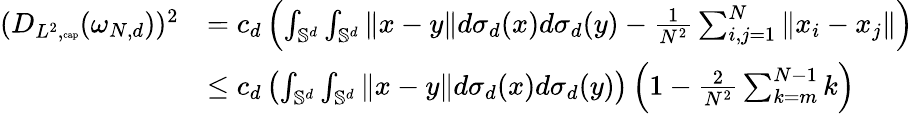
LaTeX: \begin{array}{rl}{(D_{L^{2},{\tiny\mathrm{cap}}}(\omega_{N,d}))^{2}}&{=c_{d}\left(\int_{\mathbb{S}^{d}}\int_{\mathbb{S}^{d}}\| x-y\| d\sigma_{d}(x)d\sigma_{d}(y)-\frac{1}{N^{2}}\sum_{i,j=1}^{N}\| x_{i}-x_{j}\| \right)}\\ &{\leq c_{d}\left(\int_{\mathbb{S}^{d}}\int_{\mathbb{S}^{d}}\| x-y\| d\sigma_{d}(x)d\sigma_{d}(y)\right)\left(1-\frac{2}{N^{2}}\sum_{k=m}^{N-1}k\right)}\end{array}